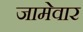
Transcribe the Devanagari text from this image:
जामेवार